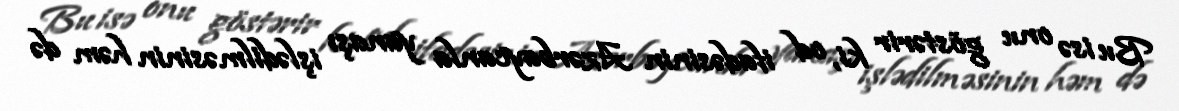
Bu isə onu göstərir ki, od ifadəsinin Azərbaycanla yanaşı işlədilməsinin həm də